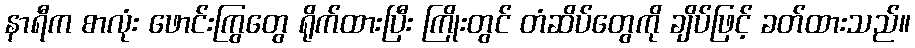
နာရီက စာလုံး ဖောင်းကြွတွေ ရိုက်ထားပြီး ကြိုးတွင် တံဆိပ်တွေကို ချိပ်ဖြင့် ခတ်ထားသည်။